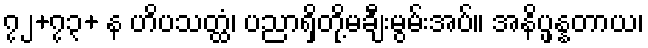
၇၂+၇၃+ န ဟိပသတ္ထံ၊ ပညာရှိတို့မချီးမွမ်းအပ်။ အနိပ္ဖန္နတာယ၊